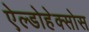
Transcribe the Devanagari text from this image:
ऐल्डोहेक्सोस